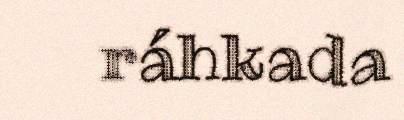
ráhkada